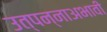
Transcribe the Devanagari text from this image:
उत्पन्नाअभावी